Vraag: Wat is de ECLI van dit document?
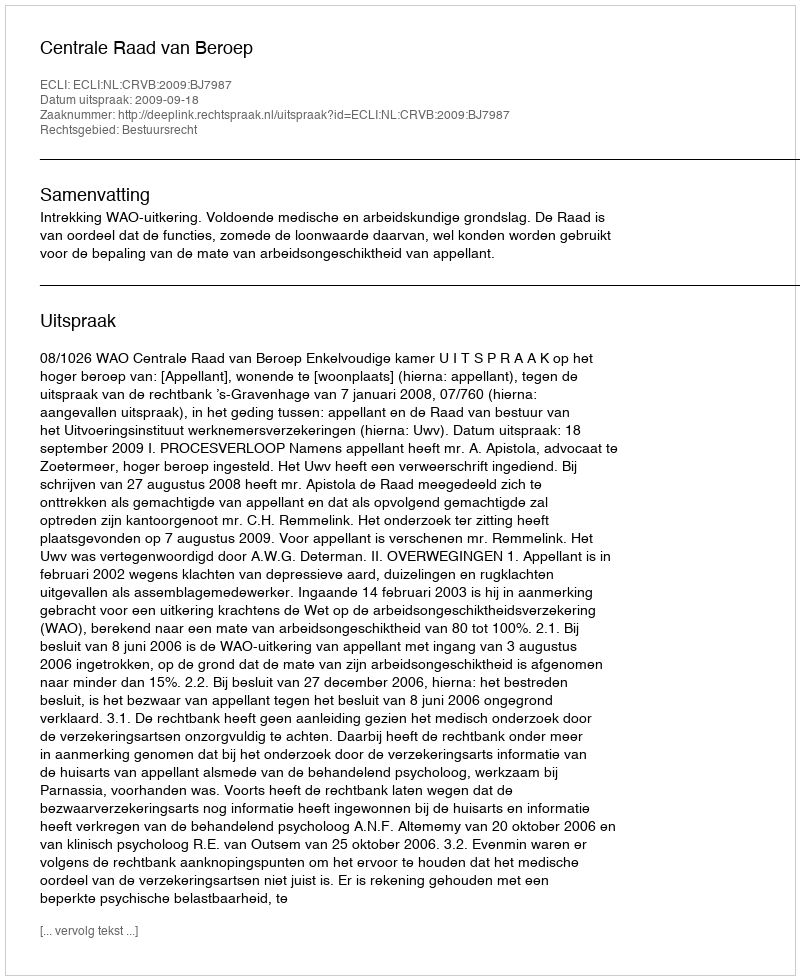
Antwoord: ECLI:NL:CRVB:2009:BJ7987